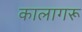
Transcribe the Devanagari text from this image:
कालागरू